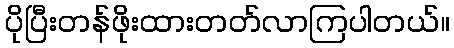
ပိုပြီးတန်ဖိုးထားတတ်လာကြပါတယ်။